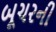
બૂચરની